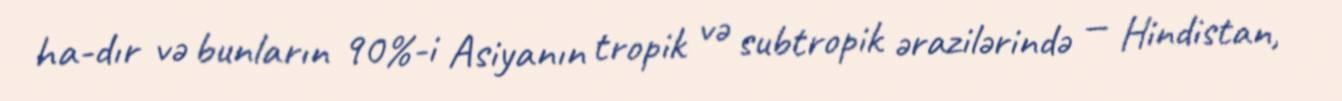
ha-dır və bunların 90%-i Asiyanın tropik və subtropik ərazilərində — Hindistan,